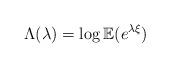
LaTeX: \begin{align*} \Lambda(\lambda) = \log \mathbb{E}(e^{\lambda\xi})\end{align*}